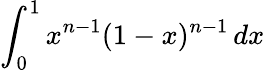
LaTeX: \int_{0}^{1}x^{n-1}(1-x)^{n-1}\, dx